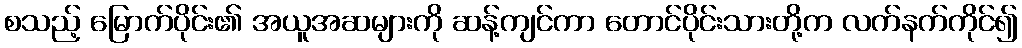
စသည့် မြောက်ပိုင်း၏ အယူအဆများကို ဆန့်ကျင်ကာ တောင်ပိုင်းသားတို့က လက်နက်ကိုင်၍